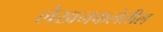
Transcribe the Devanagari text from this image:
लेखनकलेतील